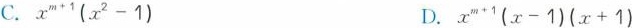
C.$$x ^{ m + 1 }( x ^{ 2 } - 1 )$$ D.$$x ^{ m + 1 }( x - 1 )( x - 1 )$$